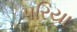
પરિયા